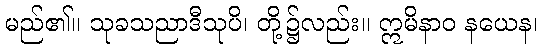
မည်၏။ သုခသညာဒီသုပိ၊ တို့၌လည်း။ ဣမိနာဝ နယေန၊